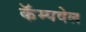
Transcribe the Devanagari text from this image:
कॅम्पवेल